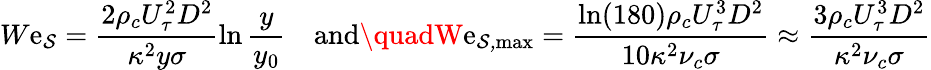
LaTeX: W\mathrm{e}_{\mathcal{{S}}}=\frac{{2\rho_{c}U_{\tau}^{2}D^{2}}}{{\kappa^{2}y\sigma}}\ln\frac{{y}}{{y_{0}}}\quad\mathrm{{and}}\quadW\mathrm{e}_{\mathcal{{S,\mathrm{{max}}}}}=\frac{{\ln(180)\rho_{c}U_{\tau}^{3}D^{2}}}{{10\kappa^{2}\nu_{c}\sigma}}\approx\frac{{3\rho_{c}U_{\tau}^{3}D^{2}}}{{\kappa^{2}\nu_{c}\sigma}}